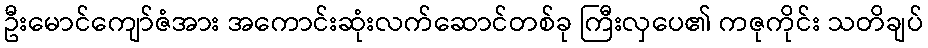
ဦးမောင်ကျော်ဇံအား အကောင်းဆုံးလက်ဆောင်တစ်ခု ကြီးလှပေ၏ ကဇုကိုင်း သတိချပ်